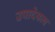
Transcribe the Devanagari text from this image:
उपादेयत्व